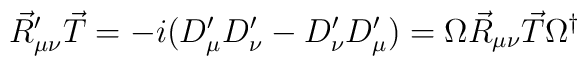
\vec{R}_{\mu\nu}^\prime\vec{T}=-i(D_\mu^\prime D_\nu^\prime - D_\nu^\prime D_\mu^\prime)=\Omega\vec{R}_{\mu\nu}\vec{T}\Omega^\dagger